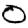
Digit: 0